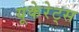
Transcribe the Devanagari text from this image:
यूकेरेट्स